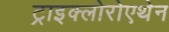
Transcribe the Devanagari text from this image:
ट्राइक्लोरोएथेन